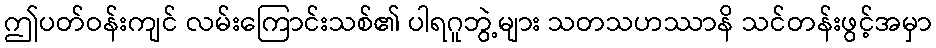
ဤပတ်ဝန်းကျင် လမ်းကြောင်းသစ်၏ ပါရဂူဘွဲ့များ သတသဟဿာနိ သင်တန်းဖွင့်အမှာ